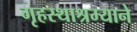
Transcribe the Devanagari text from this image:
गृहस्थाश्रम्याने